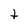
Character: t